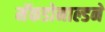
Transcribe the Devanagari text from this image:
मॅकडोनाल्डने